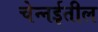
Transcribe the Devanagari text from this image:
चेन्‍नईतील